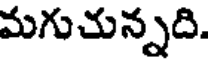
మగుచున్నది.